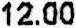
12.00